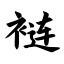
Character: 裢